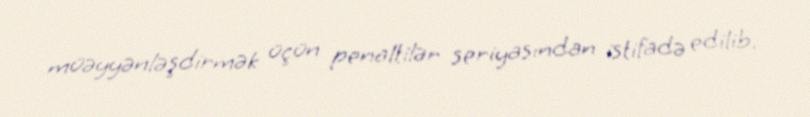
müəyyənləşdirmək üçün penaltilər seriyasından istifadə edilib.